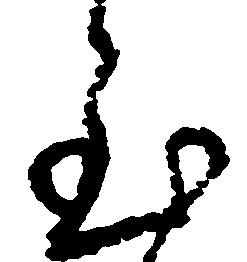
至